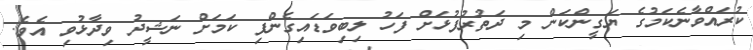
ކުރައްވާނެކަމުގެ ޔަގީންކަން މި ދަތުރުފުޅަށް ފަހު ލިބިވަޑައިގެންފި ކަމަށް ނަޝީދު ވިދާޅުވި އެވެ.